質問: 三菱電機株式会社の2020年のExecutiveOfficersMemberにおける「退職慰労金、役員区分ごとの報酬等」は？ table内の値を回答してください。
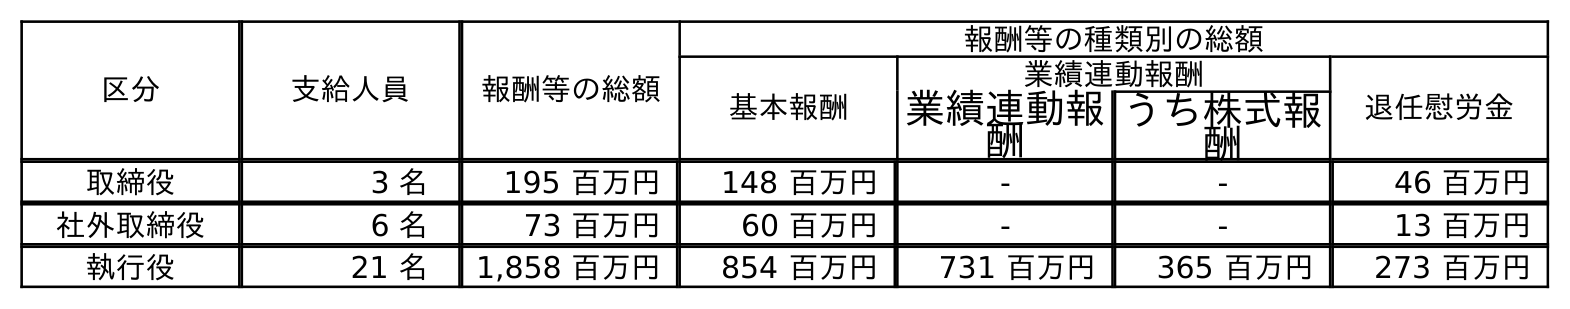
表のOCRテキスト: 区分 支給人員 報酬等の総額 報酬等の種類別の総額 基本報酬 業績連動報酬 退任慰労金 業績連動報 酬 うち株式報 酬 取締役 3 名 195 百万円 148 百万円 - - 46 百万円 社外取締役 6 名 73 百万円 60 百万円 - - 13 百万円 執行役 21 名 1,858 百万円 854 百万円 731 百万円 365 百万円 273 百万円
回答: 273百万円